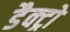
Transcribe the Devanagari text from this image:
डैक्ट्रो